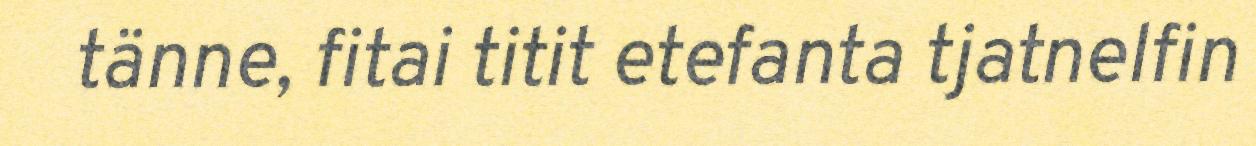
tänne, fitai titit etefanta tjatnelfin